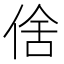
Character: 倽